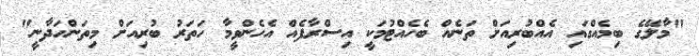
"މާލޭގެ ބިމެއްގައި އެއްބުރިއަށް ތަނެއް ބެހެއްޓުމަކީ އިސްރާފެއް އެހެންވީމާ ހަތަރު ބުރިއަށް މިތަންހަދާނީ"